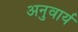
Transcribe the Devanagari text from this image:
अनुवार्य